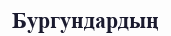
Бургундардың